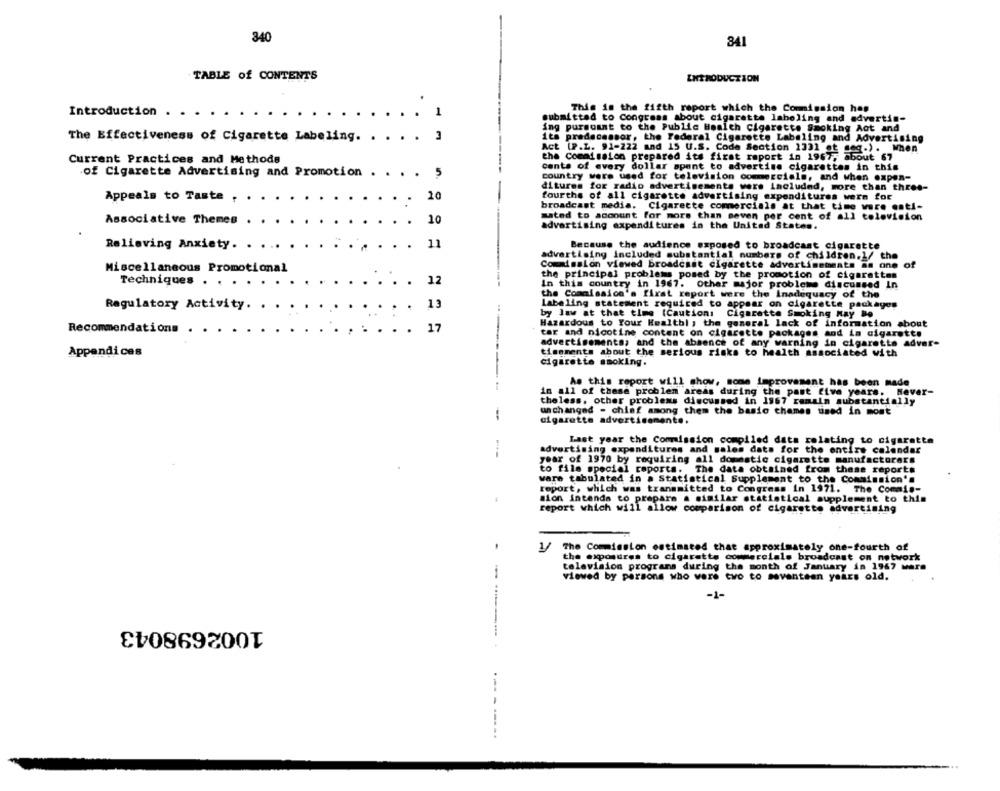
340
341
TABLE of CONTENTS
INTRODUCTION
Introduction
1
This is the fifth report which the Commission has
submitted to Congress about cigarette labeling and advertin-
ing purgoant to the Public Health Cigarette Smoking Act and
The Effectiveness of Cigarette Labeling. . . . . ]
its predecessor, the Federal Cigarette Labeling and Advertising
Act (P.L. 91-222 and 15 U.S. Code Section 1331 st seg.). When
Current Practices and Methods
the Commission prepared its first raport in 1967, about 67
cents of every dollar spent to advertise cigarettes in this
of Cigarette Advertising and Promotion .
. 5
country were used for television commercials, and when expen-
ditures for radio advertisements wers included, more than three-
Appeals to Taste ,
10
fourths of all cigarette advertising expenditures werm for
broadcast media. Cigarette commercials at that time were entl-
Associative Themes
.
10
mated to account for more than seven per cent of all television
advertising expenditures in the United States.
Relieving Anxiety. .
11
Because the audience exposed to broadcast cigarette
advertising included substantial numbers of children.1/ the
Miscellaneous Promotional
Commission viewed broadcast cigarette advertisements as one of
the principal problems posed by the promotion of cigarettes
Techniques . . . . .
12
In this country in 1967. Other major problems discussed In
the Commission's first report were the Inadequacy of the
Regulatory Activity. .
13
Labeling statement required to appear on cigarette packages
by law at that time (Caution: Cigarette Smoking May Be
Hazardous to Your Healthl , the general lack of information about
Recommendations .
17
tar and nicotine content on cigarette packages and in cigarette
advertisements; and the absence of any warning in cigaretta adver-
Appendices
timmments about the serious risks to health associated with
cigarette smoking.
As this report will show, some improvement has been made
in all of these problem areas during the past five years. Kever-
theless, other problems
discussed in 1967 remain substantial
un changed - chiaf among them the basic thames used in most
-
cigarette advertisemente.
Last year the Commission compiled dats relating to cigaretta
advertising expenditures and sales dats for the entire calendar
year of 1970 by requiring all domestic cigarette manufactorare
to file special reports. The data obtained from these reports
ware tabulated in a Statistical Supplement to the Commission's
report, which was transmitted to Congress In 1971. The Commis-
sion intends to prepare a similar statistical supplement to this
report which will allow comparison of cigarette advertising
1/
The Commission estimated that approximately one-fourth of
the exposures to cigarette commercials broadcast on network
television programs during the month of January in 1967 ware
-
viewed by persons who were two to seventeen years old.
-1-
1002698043